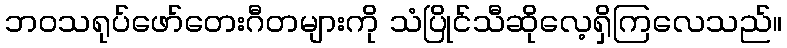
ဘဝသရုပ်ဖော်တေးဂီတများကို သံပြိုင်သီဆိုလေ့ရှိကြလေသည်။